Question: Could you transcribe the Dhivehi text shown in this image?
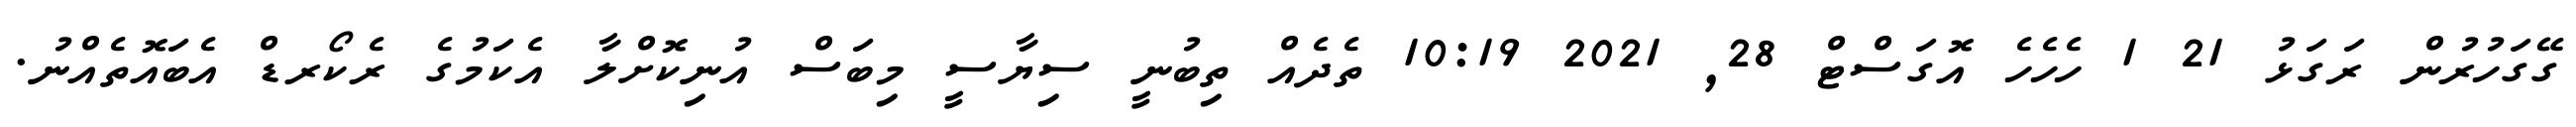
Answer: ގޭގަހުރުން ރަގަޅު 21 1 ހެހެހެ އޮގަސްޓް 28, 2021 10:19 ތެދެއް ތިބުނީ ސިޔާސީ މިބަސް އުނިކޮށްލާ އެކަމުގެ ރެކޯރޑް އެބައޮތެއްނު.